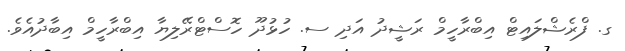
ގ. ފްރެޝްލައިޓް އިބްރާހީމް ރަޝީދު އަދި ސ. ހުޅުދޫ ހޮސްޓްރޭލިޔާ އިބްރާހީމް އިބާދުއެވެ.